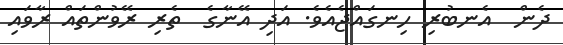
ދެން  އެނބުރި ހިނގައްޖެއެވެ. އަދި އޭނާގެ  ތެރި ރޭވުންތައް ރާވައި